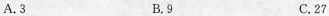
A.3 B.9 C.27